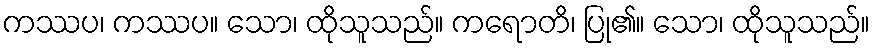
ကဿပ၊ ကဿပ။ သော၊ ထိုသူသည်။ ကရောတိ၊ ပြု၏။ သော၊ ထိုသူသည်။